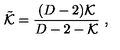
\tilde { { \cal K } } = \frac { ( D - 2 ) { \cal K } } { D - 2 - { \cal K } } \ ,